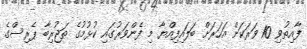
ފާއިތުވި 10 ވަރަކަށް އަހަރަށް ބަލައިފިއްޔާ މި ފެންވަރުގައި ކުޅުމުގެ ތަޖުރިބާ ޕެރިސްގެ